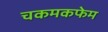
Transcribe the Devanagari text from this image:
चकमकफेम